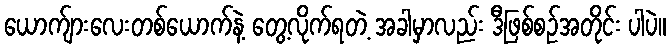
ယောက်ျားလေးတစ်ယောက်နဲ့ တွေ့လိုက်ရတဲ့ အခါမှာလည်း ဒီဖြစ်စဉ်အတိုင်း ပါပဲ။